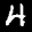
Label: 4